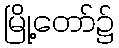
မြို့တော်၌